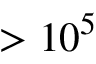
> 1 0 ^ { 5 }